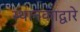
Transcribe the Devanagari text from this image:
स्थानकाद्वारे